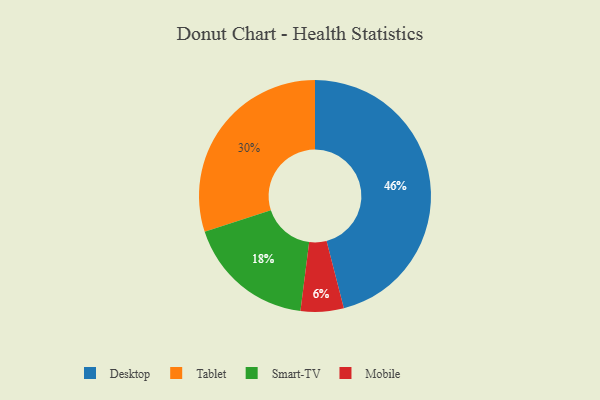
{"axis": {"x": "Category", "y": "Percentage"}, "legend": ["Desktop", "Mobile", "Smart-TV", "Tablet"], "data": [{"x": "Mobile", "y": 6, "type": "Mobile"}, {"x": "Tablet", "y": 30, "type": "Tablet"}, {"x": "Smart-TV", "y": 18, "type": "Smart-TV"}, {"x": "Desktop", "y": 46, "type": "Desktop"}]}